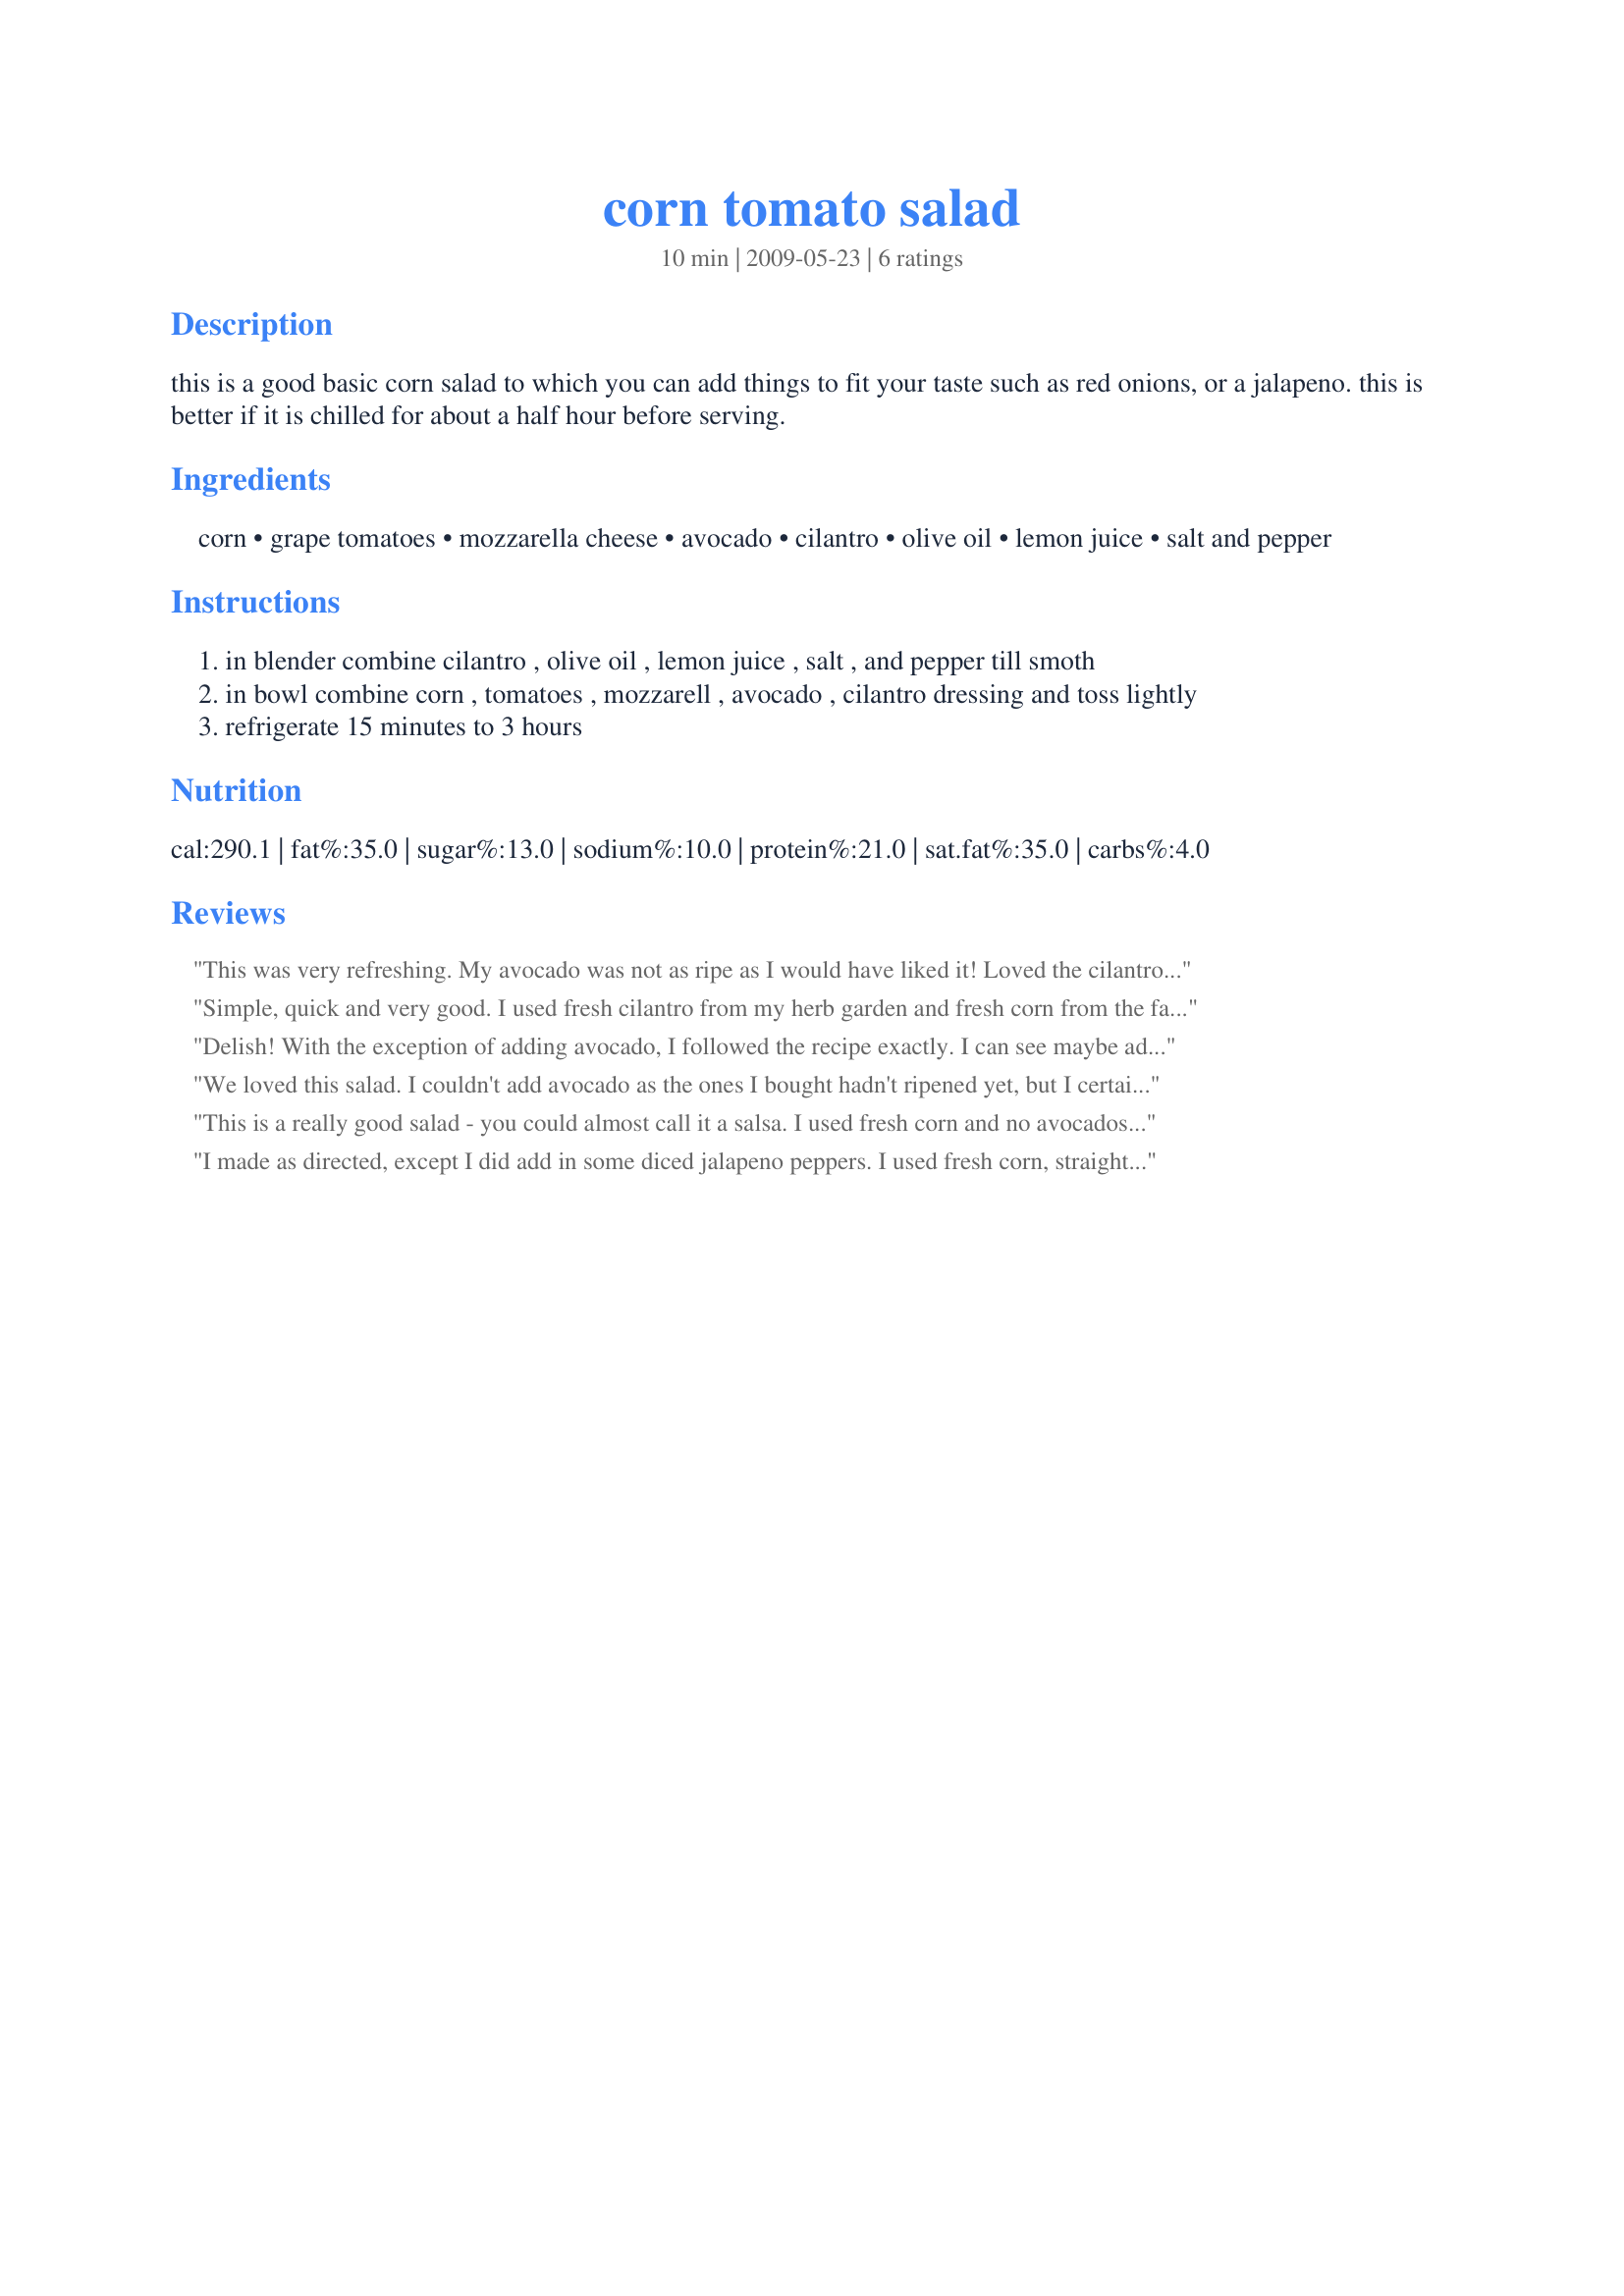
corn tomato salad
Preparation time: 10 minutes

this is a good basic corn salad to which you can add things to fit your taste such as red onions, or a jalapeno. this is better if it is chilled for about a half hour before serving.

Ingredients:
corn, grape tomatoes, mozzarella cheese, avocado, cilantro, olive oil, lemon juice, salt and pepper

Steps:
in blender combine cilantro , olive oil , lemon juice , salt , and pepper till smoth
in bowl combine corn , tomatoes , mozzarell , avocado , cilantro dressing and toss lightly
refrigerate 15 minutes to 3 hours

Reviews:
This was very refreshing. My avocado was not as ripe as I would have liked it! Loved the cilantro. Kicked up the lime. This cooling salad is great to go with something spicy hot. Thanks Made for Veggie tag.
Simple, quick and very good. I used fresh cilantro from my herb garden and fresh corn from the farmers market. Nice summer salad.
Delish! With the exception of adding avocado, I followed the recipe exactly. I can see maybe adding in some diced ham for a main dish salad on hot summer evenings. Made for the A/NZ Recipe Swap.
We loved this salad. I couldn't add avocado as the ones I bought hadn't ripened yet, but I certainly will add them next time! The dressing had the perfect proportion of lemon and oil so it was flavourful but not heavy or oily. I also loved the addition of the cheese- I've never added cheese to a salad like this before! Thanks for a definite keeper!
This is a really good salad - you could almost call it a salsa. I used fresh corn and no avocados, reduced the oil to 1 tbsp and increased the lemon juice to 2 tbsp. We loved the mix of the flavours, especially the lemon and the crunch of the fresh corn. Very delicious. Made for 1-2-3 wonders
I made as directed, except I did add in some diced jalapeno peppers. I used fresh corn, straight off the cob. Eating this right out of the refrigerator makes for a pasty sauce...the olive oil solidifies. I recommend serving this after it has been at room temperature for at least 30 minutes, to allow the seasoning to blend and let the oils break down. Made for Zaar 123 Hits Wonder Tag.
